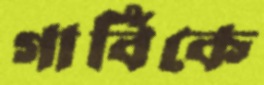
গার্বিকে